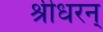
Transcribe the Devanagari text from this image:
श्रीधरन्